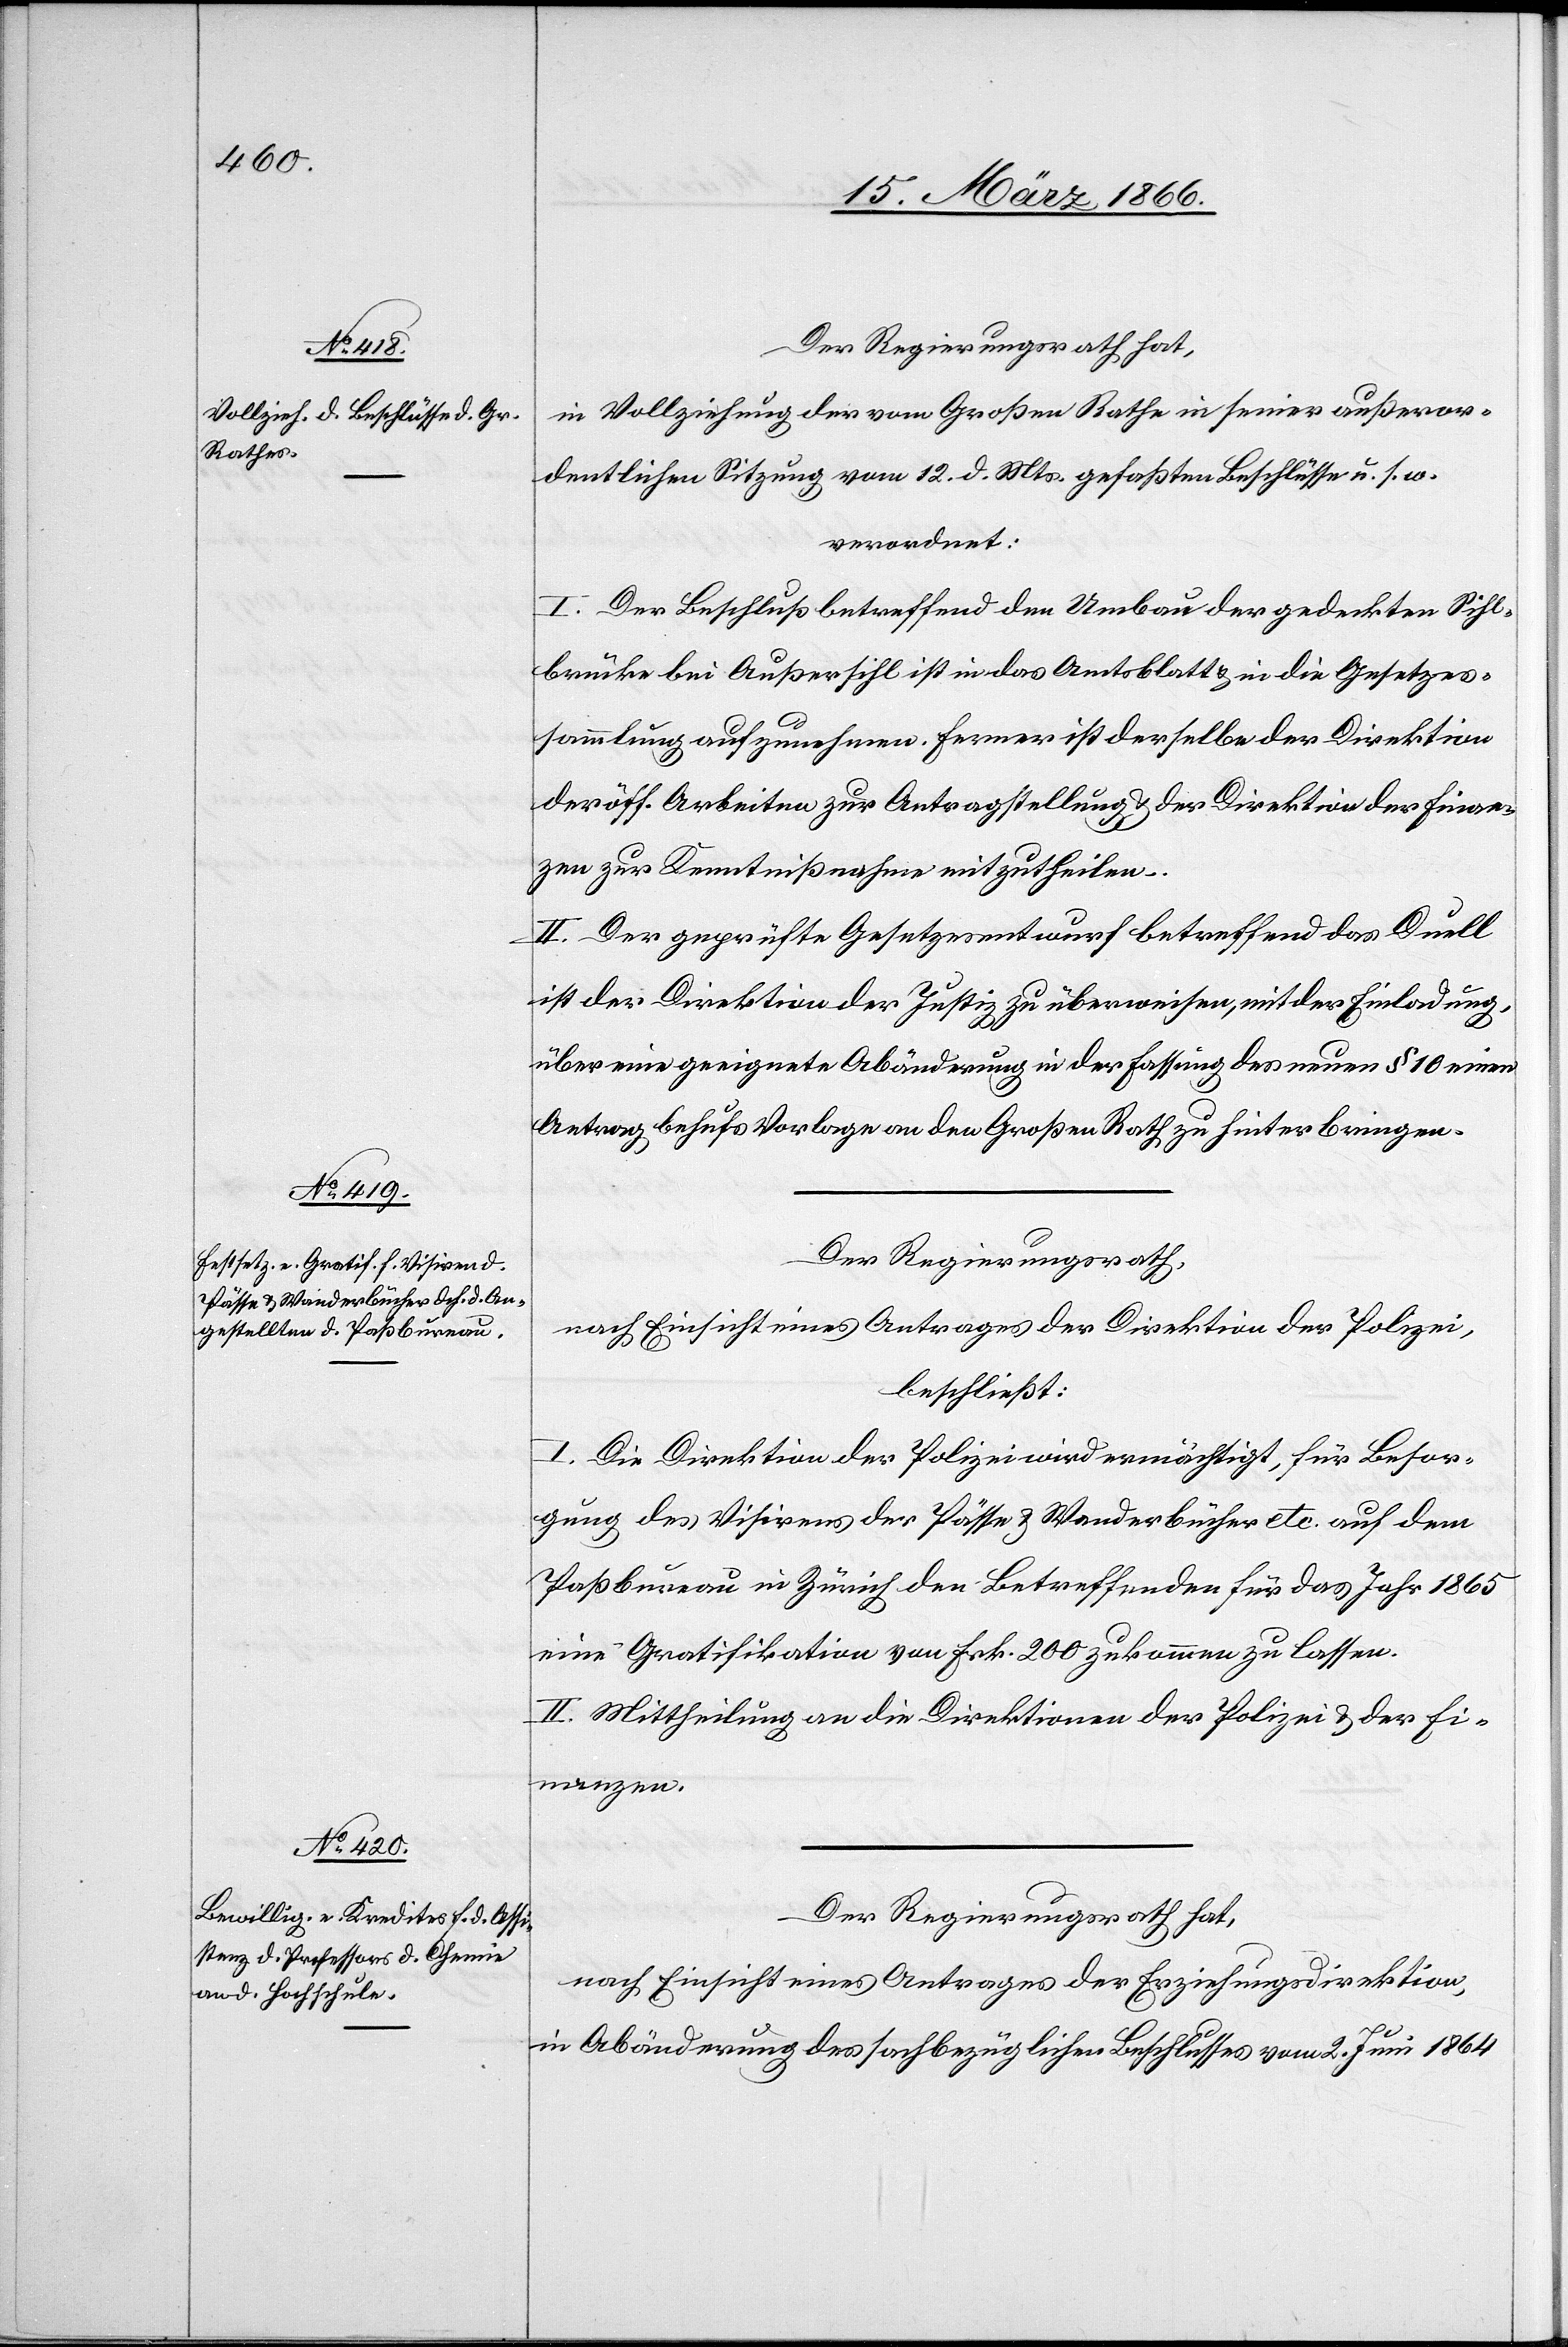
Der Regierungsrath hat,
in Vollziehung der vom Großen Rathe in seiner außeror¬
dentlichen Sitzung vom 12. d. Mts. gefaßten Beschlüsse u. s. w.
verordnet:
I. Der Beschluß betreffend den Umbau der gedeckten Sihl¬
brücke bei Außersihl ist in das Amtsblatt u. in die Gesetzes¬
sammlung aufzunehmen. Ferner ist derselbe der Direktion
der öff. Arbeiten zur Antragstellung u. der Direktion der Finan¬
zen zur Kenntnißnahme mitzutheilen.
II. Der geprüfte Gesetzesentwurf betreffend das Duell
ist der Direktion der Justiz zu überweisen, mit der Einladung,
über eine geeignete Abänderung in der Fassung des neuen § 10 einen
Antrag behufs Vorlagen an den Großen Rath zu hinterbringen.
Der Regierungsrath,
nach Einsicht eines Antrages der Direktion der Polizei,
beschließt:
I. Die Direktion der Polizei wird ermächtigt, für Besor¬
gung des Visirens der Pässe u. Wanderbücher etc. auf dem
Paßbureau in Zürich den Betreffenden für das Jahr 1865
eine Gratifikation von Frk. 200 zukommen zu lassen.
II. Mittheilung an die Direktionen der Polizei u. der Fi¬
nanzen.
Der Regierungsrath hat,
nach Einsicht eines Antrages der Erziehungsdirektion
in Abänderung des sachbezüglichen Beschlusses vom 2. Juni 1864